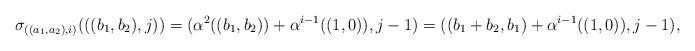
LaTeX: \begin{align*}\sigma_{((a_1,a_2),i)}(((b_1,b_2),j))=(\alpha^{2}((b_1,b_2))+\alpha^{i-1}((1,0)),j-1)=((b_1+b_2,b_1)+\alpha^{i-1}((1,0)),j-1),\end{align*}